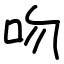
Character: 吻